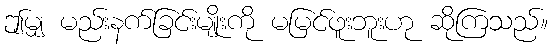
ဤမျှ မည်းနက်ခြင်းမျိုးကို မမြင်ဖူးဘူးဟု ဆိုကြသည်။